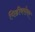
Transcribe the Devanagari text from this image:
पिढीबरोबर